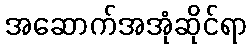
အဆောက်အအုံဆိုင်ရာ